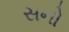
સનો